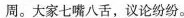
周。大家七嘴八舌，议论纷纷。